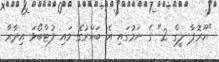
"ޔޫރޮޕާ ލީގް 2" ގެ ނަމުގައި އެ ބައްރުގެ މައި ފުޓްބޯޅަ އިދާރާ